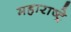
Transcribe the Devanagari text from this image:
महाराष्ट्रे